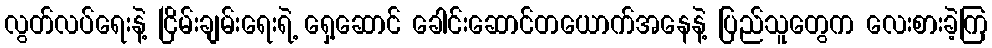
လွတ်လပ်ရေးနဲ့ ငြိမ်းချမ်းရေးရဲ့ ရှေ့ဆောင် ခေါင်းဆောင်တယောက်အနေနဲ့ ပြည်သူတွေက လေးစားခဲ့ကြ